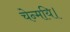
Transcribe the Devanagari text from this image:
चेन्मयि।